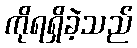
ကိုရရှိခဲ့သည်